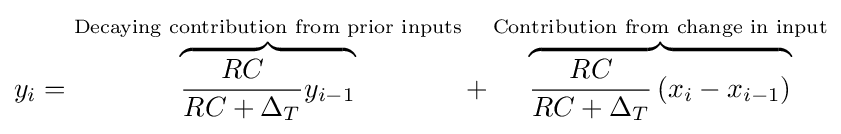
y_{i}=\overbrace {{\frac {RC}{RC+\Delta _{T}}}y_{i-1}} ^{\text{Decaying contribution from prior inputs}}+\overbrace {{\frac {RC}{RC+\Delta _{T}}}\left(x_{i}-x_{i-1}\right)} ^{\text{Contribution from change in input}}